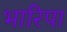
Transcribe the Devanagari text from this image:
भारिपा